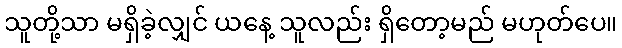
သူတို့သာ မရှိခဲ့လျှင် ယနေ့ သူလည်း ရှိတော့မည် မဟုတ်ပေ။